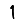
Digit: 1